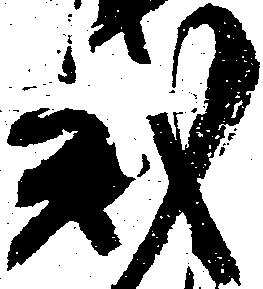
弐